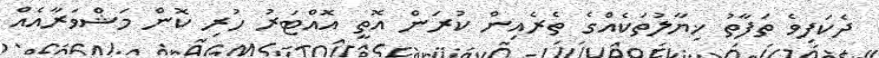
ދެކަފިވެ ތަފާތު ޚިޔާލުތަކެެއްގެ ތެރެއިން ކުރަން އޮތީ އޮއްޓަރު ހުރި ކޮން މަޝްވަރާއެއް